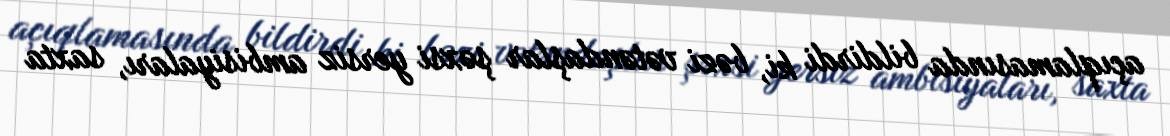
açıqlamasında bildirdi ki, bəzi vətəndaşlar şəxsi yersiz ambisiyaları, saxta